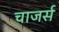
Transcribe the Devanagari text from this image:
चाजर्स